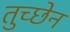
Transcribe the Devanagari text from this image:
तुच्छेन